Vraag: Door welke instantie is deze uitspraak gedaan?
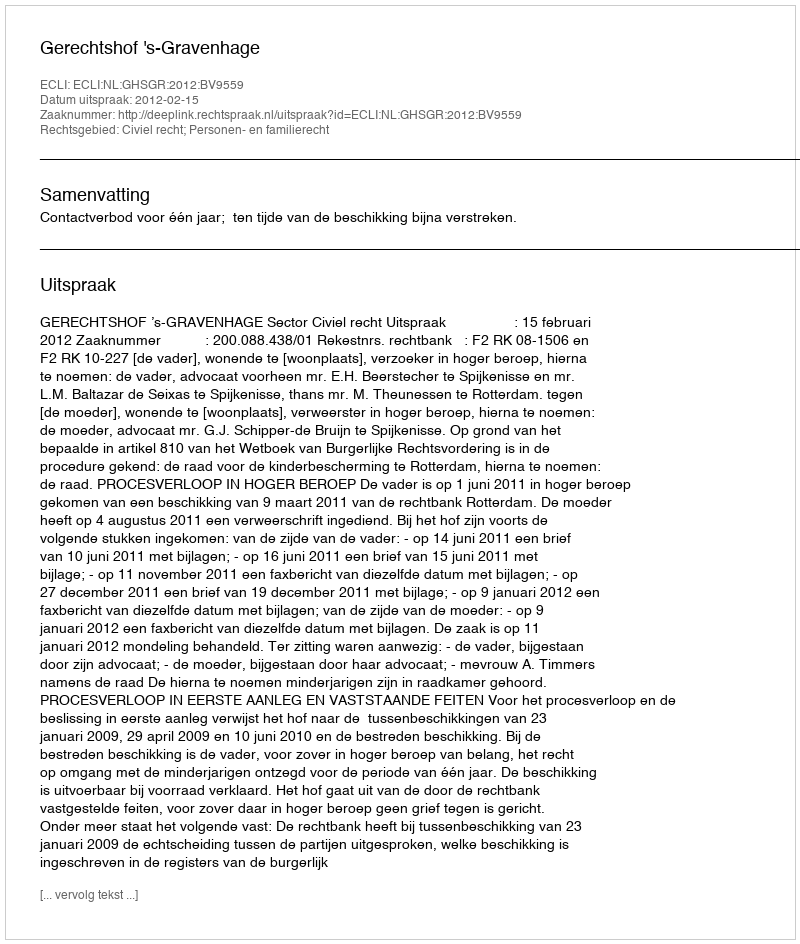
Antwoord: Gerechtshof 's-Gravenhage